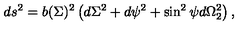
d s ^ { 2 } = b ( \Sigma ) ^ { 2 } \left( d \Sigma ^ { 2 } + d \psi ^ { 2 } + \sin ^ { 2 } \psi d \Omega _ { 2 } ^ { 2 } \right) ,